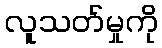
လူသတ်မှုကို